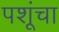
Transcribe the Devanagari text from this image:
पशूंचा